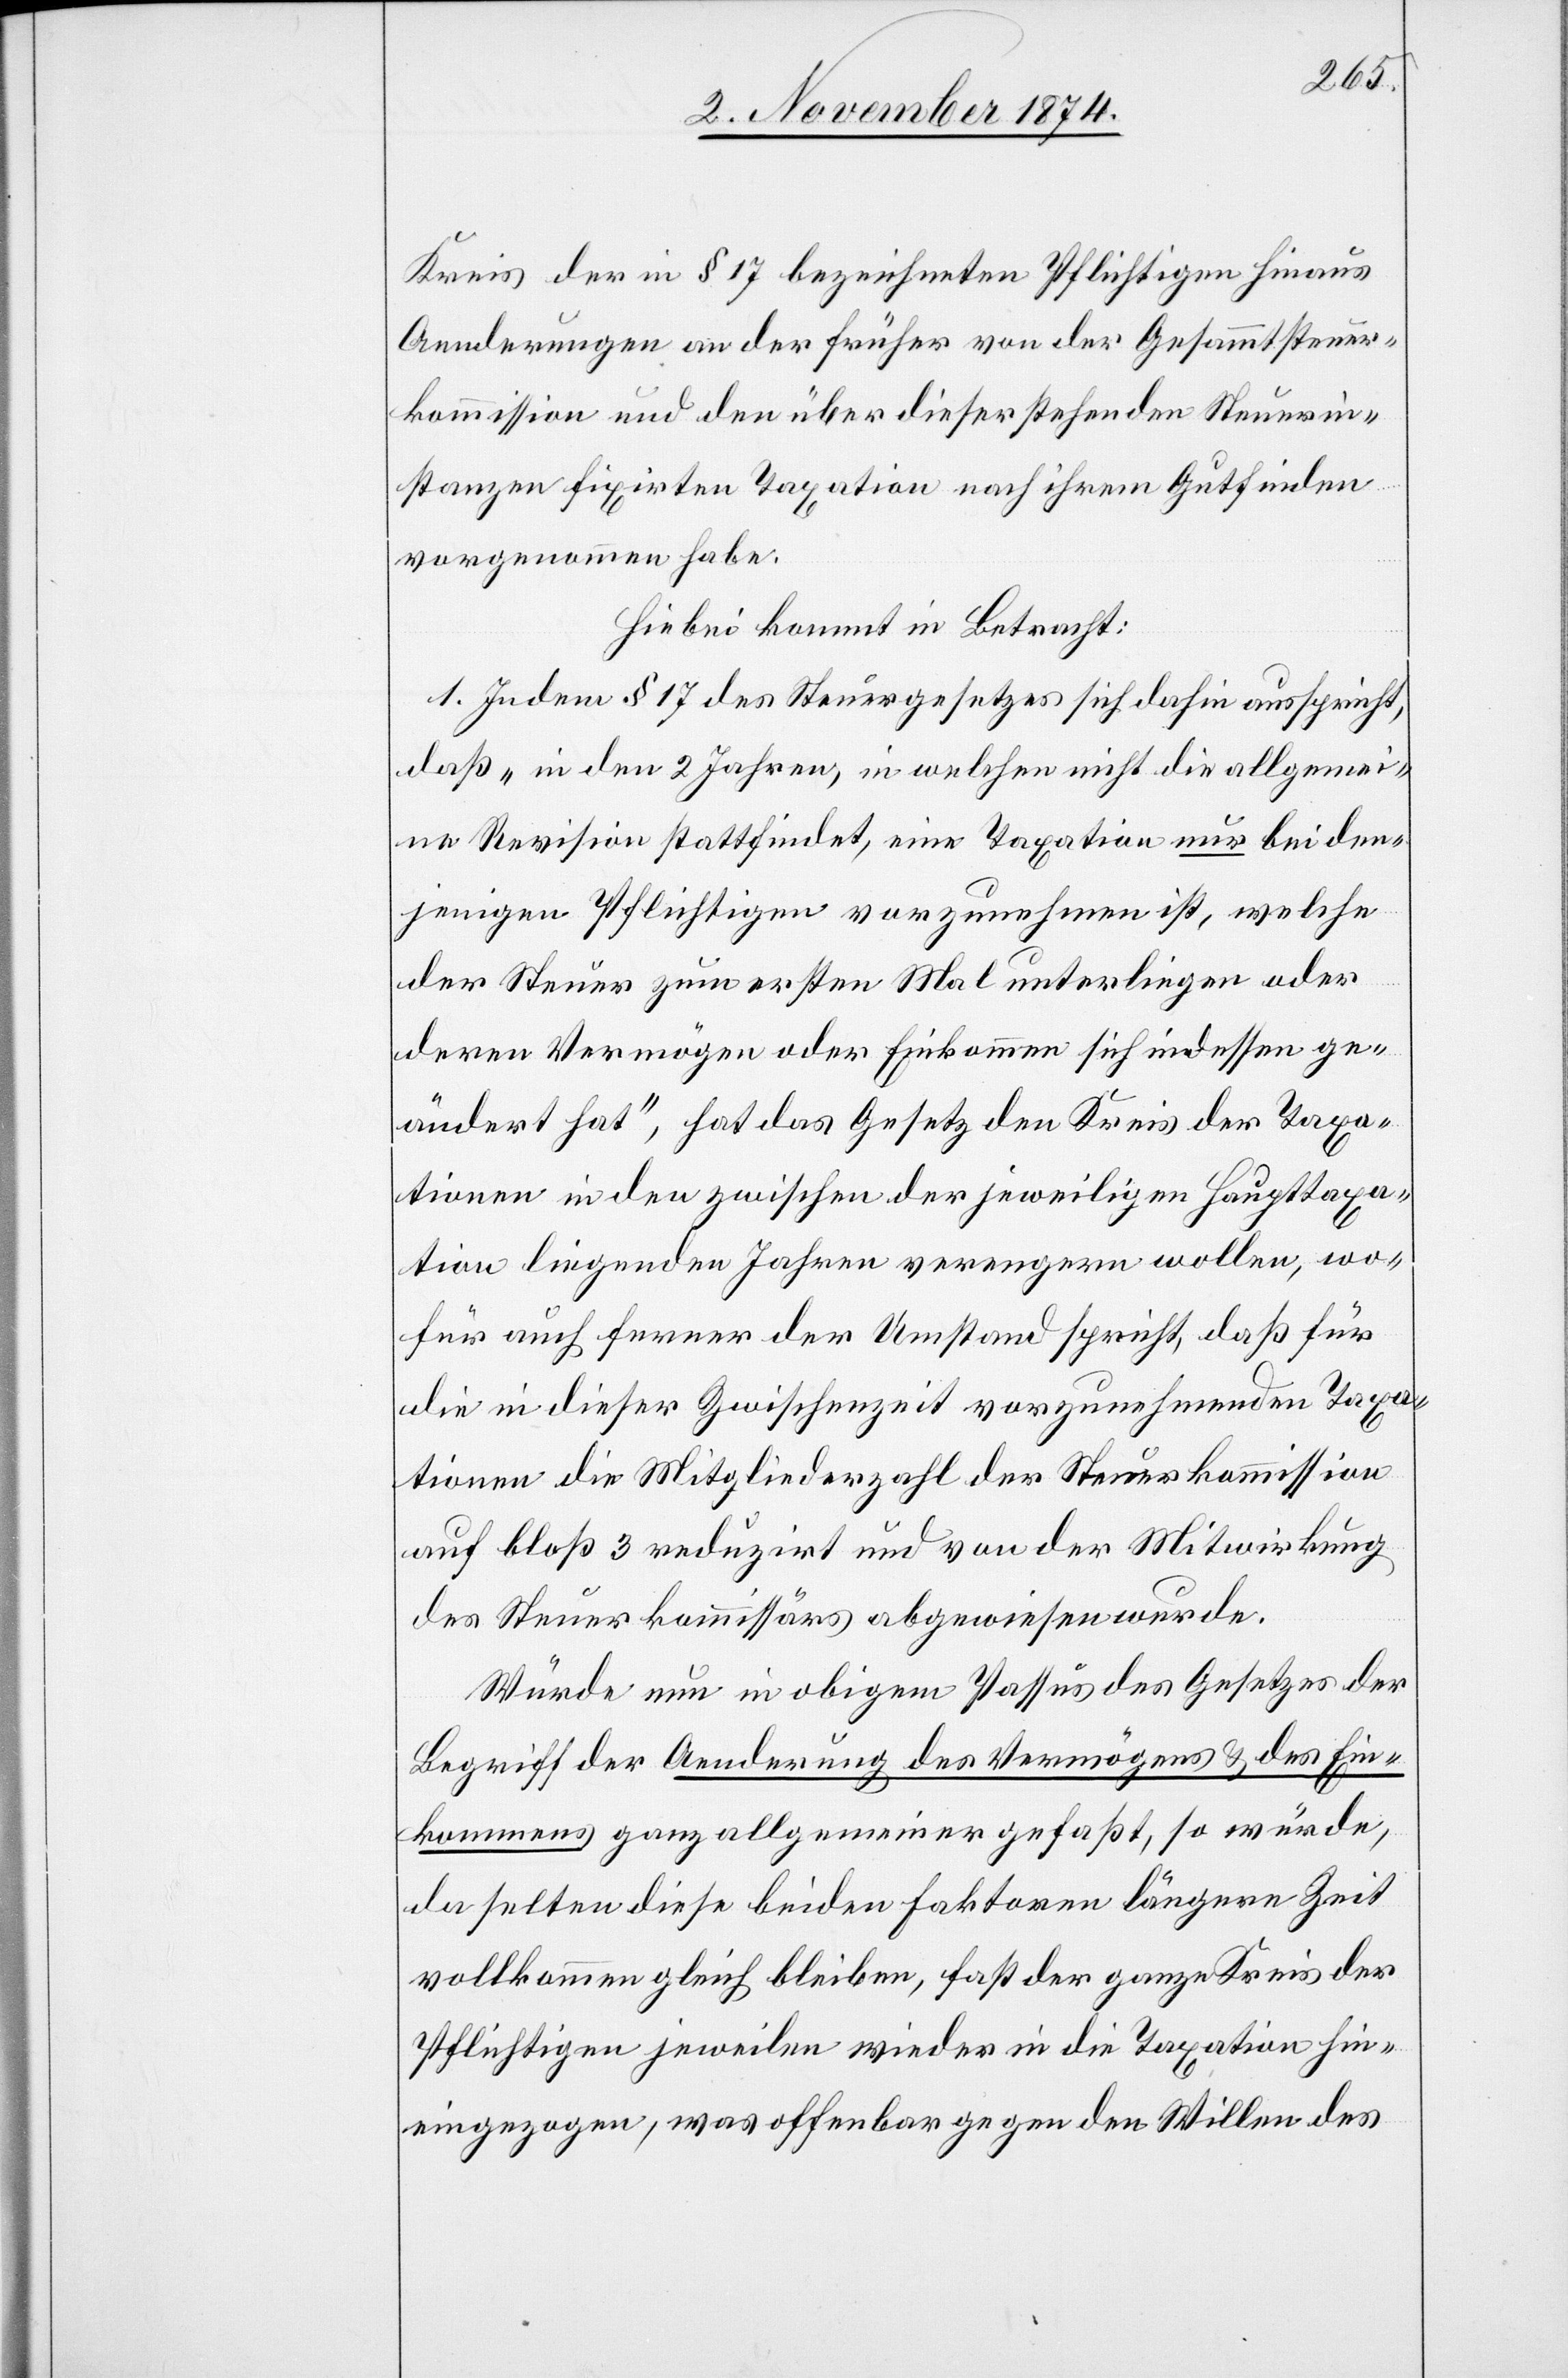
Kreis der in § 17 bezeichneten Pflichten hinaus
Aenderungen an der früher von der Gesammtsteuer¬
kommission und den über dieser stehenden Steuerin¬
stanzen fixirten Taxation nach ihrem Gutfinden
vorgenommen habe.
Hiebei kommt in Betracht:
1. Indem § 17 des Steuergesetzes sich dahin ausspricht,
daß „in den 2 Jahren, in welchen nicht die allgemei¬
ne Revision stattfindet, eine Taxation nur bei den¬
jenigen Pflichtigen vorzunehmen ist, welche
der Steuer zum ersten Mal unterliegen oder
deren Vermögen oder Einkommen sich indessen ge¬
ändert hat“, hat das Gesetz den Kreis der Taxa¬
tionen in den zwischen der jeweiligen Haupttaxa¬
tion liegenden Jahren verengern wollen, wo¬
für auch ferner der Umstand spricht, daß für
die in dieser Zwischenzeit vorzunehmenden Taxa¬
tionen die Mitgliederzahl der Steuerkommission
auf bloß 3 reduzirt und von der Mitwirkung
des Steuerkommissärs abgewiesen wurde.
Würde nun in obigem Passus des Gesetzes der
Begriff der Aenderung des Vermögens & des Ein¬
kommens ganz allgemeiner gefaßt, so würde,
da selten diese beiden Faktoren längere Zeit
vollkommen gleich bleiben, fast der ganze Kreis der
Pflichtigen jeweilen wieder in die Taxation hin¬
eingezogen, was offenbar gegen den Willen des